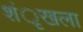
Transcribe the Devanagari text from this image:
शंृखला